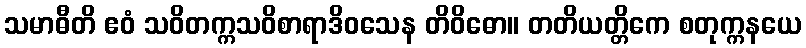
သမာဓီတိ ဧဝံ သဝိတက္ကသဝိစာရာဒိဝသေန တိဝိဓော။ တတိယတ္တိကေ စတုက္ကနယေ